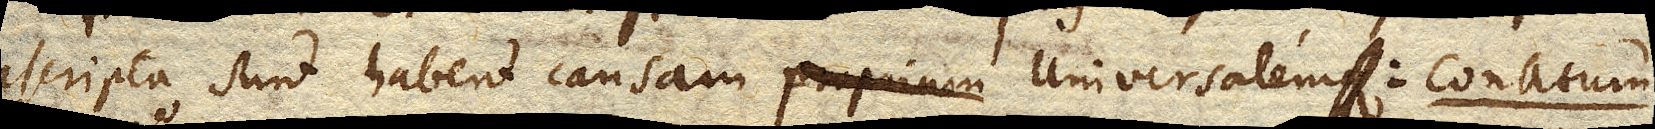
ascripta sunt habent causam propriam universalem: conatum